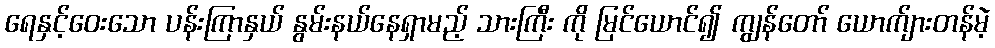
ရေနှင့်ဝေးသော ပန်းကြာနှယ် နွမ်းနယ်နေရှာမည့် သားကြီး ကို မြင်ယောင်၍ ကျွန်တော် ယောက်ျားတန်မဲ့